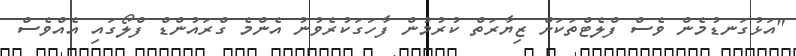
"އަޅުގަނޑުމެން ވެސް ފްލެޓްތަކަށް ޒިޔާރަތް ކުރުމުން ފާހަގަކުރެވުނު އެންމެ ގްރައުންޑް ފްލޯގައި އެއްވެސް